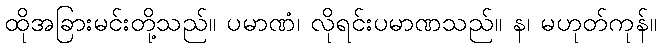
ထိုအခြားမင်းတို့သည်။ ပမာဏံ၊ လိုရင်းပမာဏသည်။ န၊ မဟုတ်ကုန်။